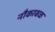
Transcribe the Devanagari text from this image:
नौकाबळ